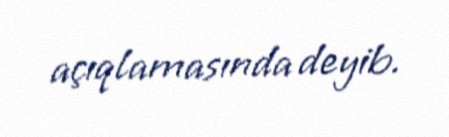
açıqlamasında deyib.